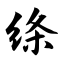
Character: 绦